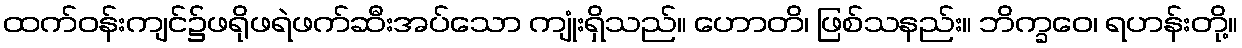
ထက်ဝန်းကျင်၌ဖရိုဖရဲဖက်ဆီးအပ်သော ကျုံးရှိသည်။ ဟောတိ၊ ဖြစ်သနည်း။ ဘိက္ခဝေ၊ ရဟန်းတို့။